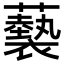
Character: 𧃳